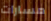
مسارات